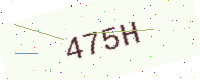
Text: 475H